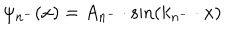
LaTeX: \psi _ { n ^ { - } } ( x ) = A _ { n ^ { - } } \cdot \mathrm { s i n } ( k _ { n ^ { - } } \cdot x )